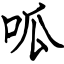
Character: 呱